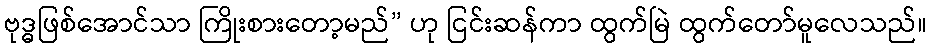
ဗုဒ္ဓဖြစ်အောင်သာ ကြိုးစားတော့မည်” ဟု ငြင်းဆန်ကာ ထွက်မြဲ ထွက်တော်မူလေသည်။